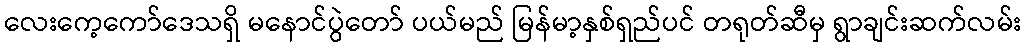
လေးကေ့ကော်ဒေသရှိ မနောင်ပွဲတော် ပယ်မည် မြန်မာ့နှစ်ရှည်ပင် တရုတ်ဆီမှ ရွာချင်းဆက်လမ်း